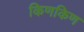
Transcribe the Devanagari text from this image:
किणकिण